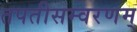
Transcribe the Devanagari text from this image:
तपतीसम्वरणम्